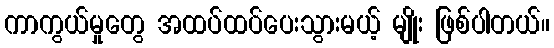
ကာကွယ်မှုတွေ အထပ်ထပ်ပေးသွားမယ့် မျိုး ဖြစ်ပါတယ်။